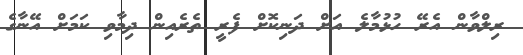
ރިލްވާން އެރޭ ހުޅުމާލެ އަށް ދަނިކޮށް ފެރީ ތެރެއިން ދިމާވި ކަމަށް އޭނާގެ